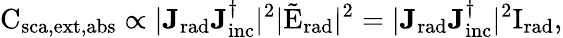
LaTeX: \mathrm{C_{\mathrm{{sca},\mathrm{ext},\mathrm{abs}}}\propto|\mathbf{J_{\mathrm{{rad}}}}\mathbf{J_{\mathrm{{inc}}}^{\dagger}}|^{2}|\tilde{\mathrm{E}}_{\mathrm{{rad}}}|^{2}=|\mathbf{J_{\mathrm{rad}}}\mathbf{J_{\mathrm{{inc}}}^{\dagger}}|^{2}{\mathrm{I}}_{\mathrm{{rad}}},}